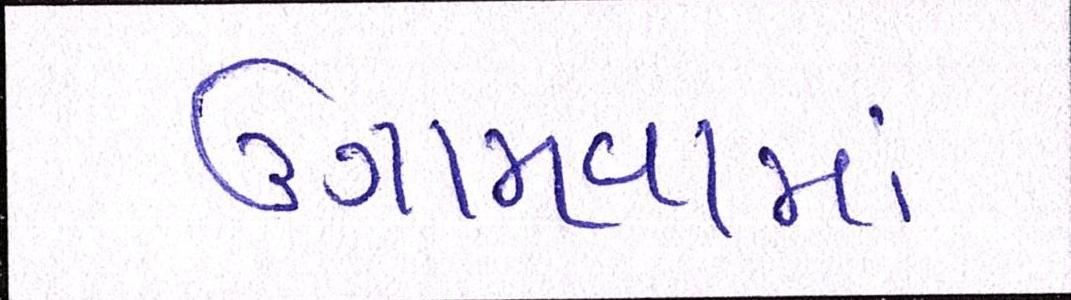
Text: ઉગામવામાં